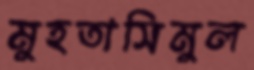
মুহতাসিমুল